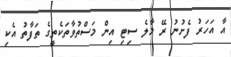
އާ އަހަރު ފެށުނު ރޭ މާލެ ސިޓި އިން މަސްތުވާތަކެތީގެ ތަފާތު އެކި